Punjab Mental Hospital Lahore 1932-46 - 1932-1946
Year: 1932
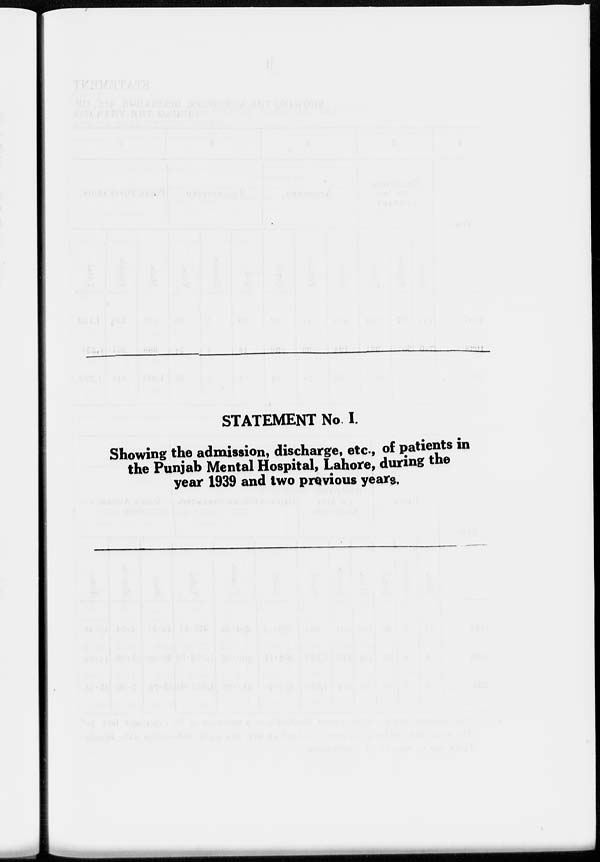
STATEMENT No I.
Showing the admission, discharge, etc., of patients in
the Punjab Mental Hospital, Lahore, during the
year 1939 and two previous years.